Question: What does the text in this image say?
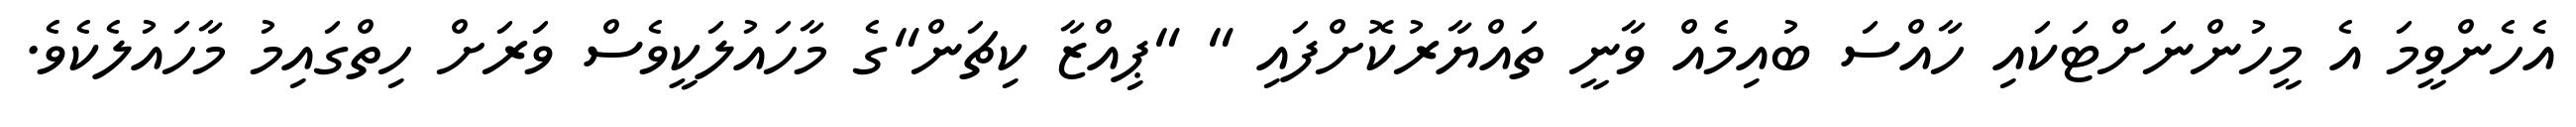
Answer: އެހެންވީމަ އެ މީހުންނަށްޓަކައި ހާއްސަ ބުއިމެއް ވާނީ ތައްޔާރުކޮށްފައި " "ޕިއްޒާ ކިޗަން"ގެ މާހައުލަކީވެސް ވަރަށް ހިތްގައިމު މާހައުލެކެވެ.